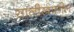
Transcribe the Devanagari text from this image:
सालीखालील